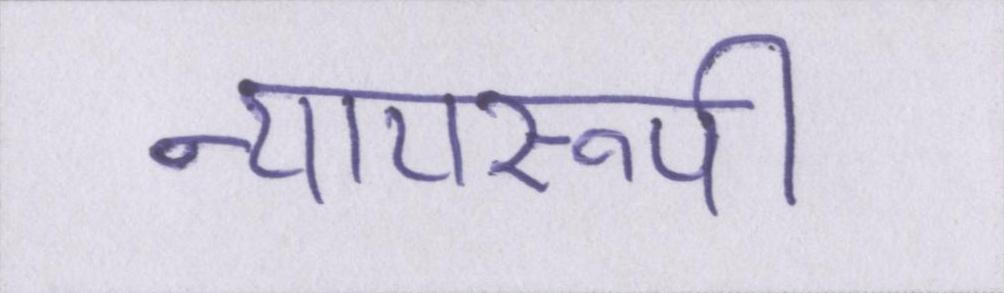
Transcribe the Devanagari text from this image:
न्यायरूपी